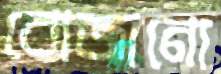
বোজানো